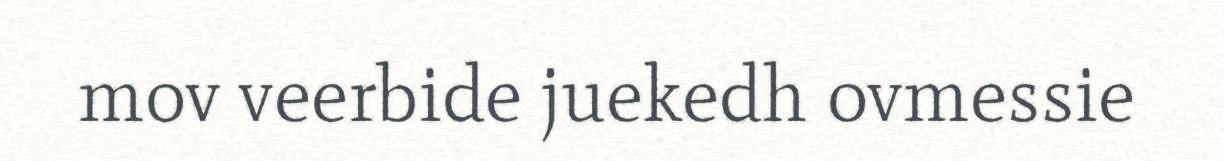
mov veerbide juekedh ovmessie